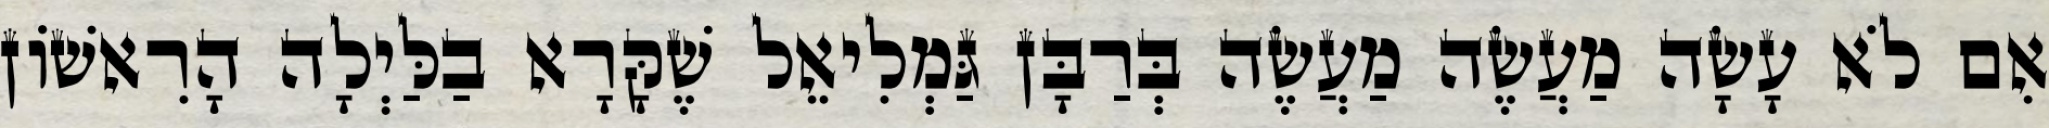
אִם לֹא עָשָׂה מַעֲשֶׂה מַעֲשֶׂה בְּרַבָּן גַּמְלִיאֵל שֶׁקָּרָא בַלַּיְלָה הָרִאשׁוֹן